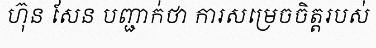
ហ៊ុន សែន បញ្ជាក់ថា ការសម្រេចចិត្តរបស់